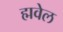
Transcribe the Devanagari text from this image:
ह्मवेल